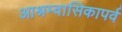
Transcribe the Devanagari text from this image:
आश्रम्वासिकापर्व